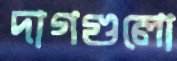
দাগগুলো